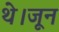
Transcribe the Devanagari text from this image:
थे।जून